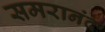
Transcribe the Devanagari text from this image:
समरानंद